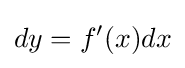
dy=f'(x)dx